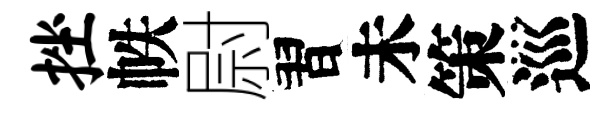
挫帙尉習未策巡